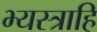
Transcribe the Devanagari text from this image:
भ्यस्त्राहि